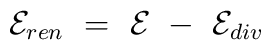
{\cal E}_{ren}\ =\ {\cal E}\ -\ {\cal E}_{div}\